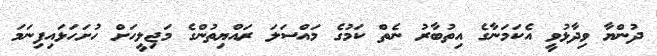
ދުންޔާ ވިދާޅުވީ އެކަމަނާގެ އިތުބާރު ނެތް ކަމުގެ މައްސަލަ ރައްޔިތުންގެ މަޖިލީހަށް ހުށަހަޅައިފިނަމަ